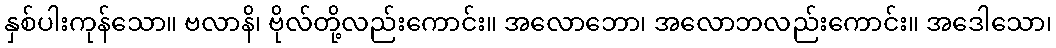
နှစ်ပါးကုန်သော။ ဗလာနိ၊ ဗိုလ်တို့လည်းကောင်း။ အလောဘော၊ အလောဘလည်းကောင်း။ အဒေါသော၊